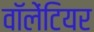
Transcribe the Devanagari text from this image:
वॉलेंटियर